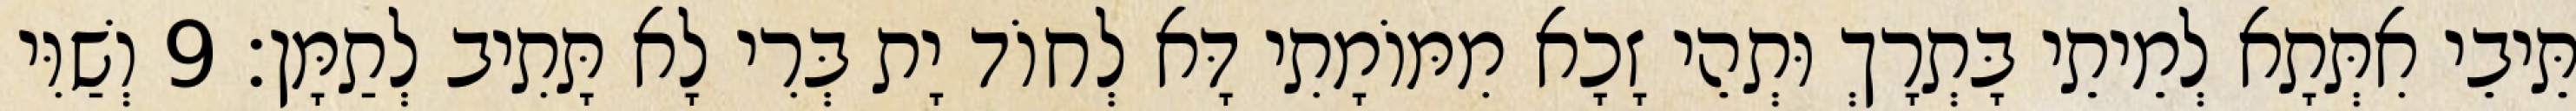
תֵּיבֵי אִתְּתָא לְמֵיתֵי בָּתְרָךְ וּתְהֵי זָכָא מִמּוֹמָתִי דָּא לְחוֹד יָת בְּרִי לָא תָּתִיב לְתַמָּן׃ 9 וְשַׁוִּי